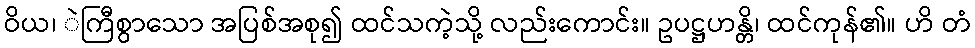
ဝိယ၊ ဲကြီစွာသော အပြစ်အစု၍ ထင်သကဲ့သို့ လည်းကောင်း။ ဥပဋ္ဌဟန္တိ၊ ထင်ကုန်၏။ ဟိ တံ